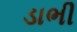
ડાભી